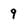
Character: q